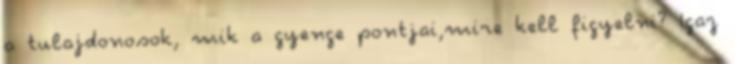
a tulajdonosok, mik a gyenge pontjai,mire kell figyelni? Igaz